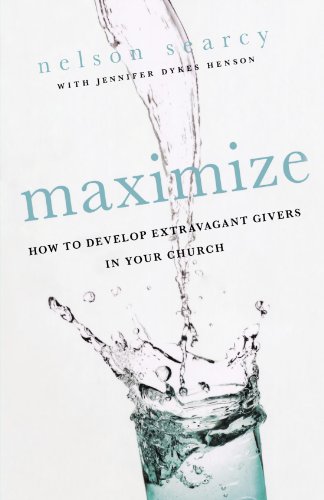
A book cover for Maximize: How to Develop Extravagant Givers in Your Church; Nelson Searcy; Christian Books & Bibles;